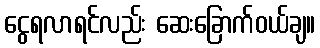
ငွေရလာရင်လည်း ဆေးခြောက်ဝယ်ချ။